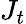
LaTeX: J_{t}